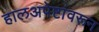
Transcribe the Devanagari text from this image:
हालअपेष्टांवरून